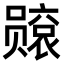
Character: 𫬙